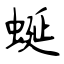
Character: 蜒